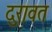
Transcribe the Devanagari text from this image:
दुरावत